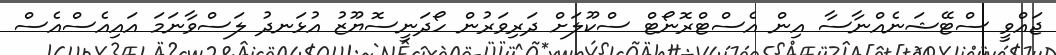
ޖައްވީ ސްޓޭޝަނެއްނާސާ އިން އެސްޓްރޮނޯޓް ސްކޫލަށް ދަރިވަރުން ހޯދަނީސޮޔޫޒު އުޅަނދު ލަސްވާނަމަ އައިއެސްއެސް